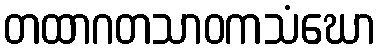
တထာဂတသာဝကသံဃော